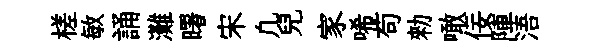
槎敏誦灘曙宋凢兒家唏苟勑噉佞陣浯